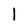
Character: 1